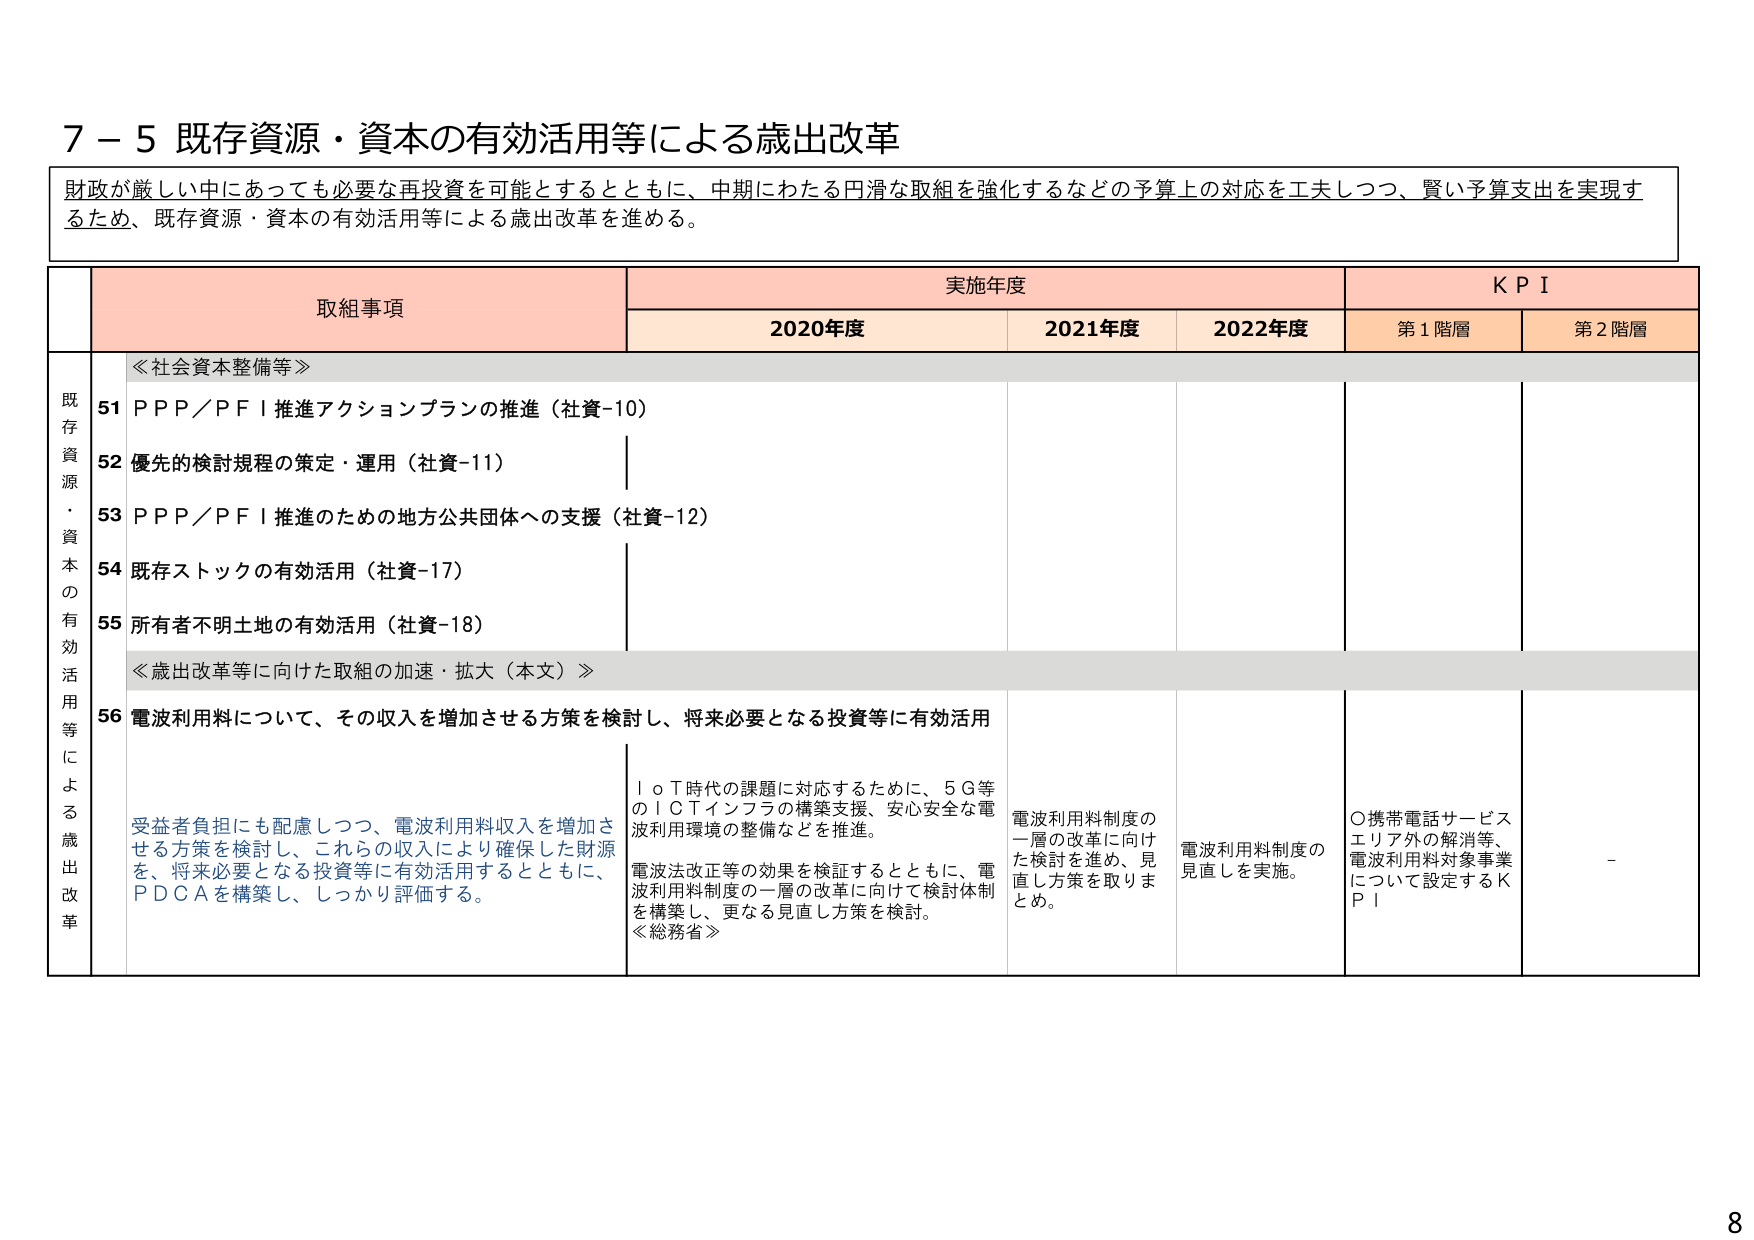
7－5 既存資源・資本の有効活用等による歳出改革

財政が厳しい中であっても必要な再投資を可能とするとともに、中期にわたる円滑な取組を強化するなどの予算上の対応を工夫しつつ、賢い予算支出を実現するため、既存資源・資本の有効活用等による歳出改革を進める。

取組事項　　実施年度　　KPI
　　　　　　2020年度　　2021年度　　2022年度　　第1階層　　第2階層

既存資源・資本の有効活用等による歳出改革

≪社会資本整備等≫
51 PPP/PFI推進アクションプランの推進（社資-10）
52 優先的検討規程の策定・運用（社資-11）
53 PPP/PFI推進のための地方公共団体への支援（社資-12）
54 既存ストックの有効活用（社資-17）
55 所有者不明土地の有効活用（社資-18）

≪歳出改革等に向けた取組の加速・拡大（本文）≫
56 電波利用料について、その収入を増加させる方策を検討し、将来必要となる投資等に有効活用

受益者負担にも配慮しつつ、電波利用料収入を増加させる方策を検討し、これらの収入により確保した財源を、将来必要となる投資等に有効活用するとともに、PDCAを構築し、しっかり評価する。

ＩｏＴ時代の課題に対応するために、5G等のＩＣＴインフラの構築支援、安心安全な電波利用環境の整備などを推進。
電波法改正等の効果を検証するとともに、電波利用料制度の一層の改革に向けて検討体制を構築し、更なる見直し方策を検討。
≪総務省≫

電波利用料制度の一層の改革に向けた検討を進め、見直し方策を取りまとめ。

電波利用料制度の見直しを実施。

○携帯電話サービスエリア外の解消等、電波利用料対象事業について設定するKPI

－

8